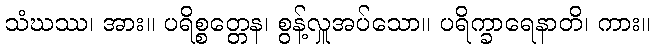
သံဃဿ၊ အား။ ပရိစ္စတ္တေန၊ စွန့်လှူအပ်သော။ ပရိက္ခာရေနာတိ၊ ကား။